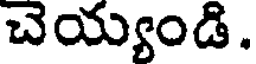
చెయ్యండి.